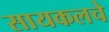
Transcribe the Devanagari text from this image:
सायकलचे